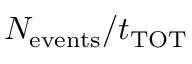
N _ { \mathrm { e v e n t s } } / t _ { \mathrm { T O T } }